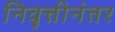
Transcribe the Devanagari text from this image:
निवॄत्तीनंतर